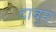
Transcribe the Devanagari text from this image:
दाबुन